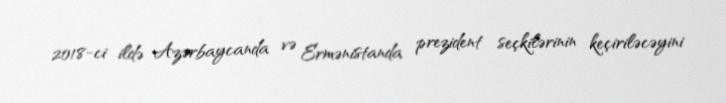
2018-ci ildə Azərbaycanda və Ermənistanda prezident seçkilərinin keçiriləcəyini